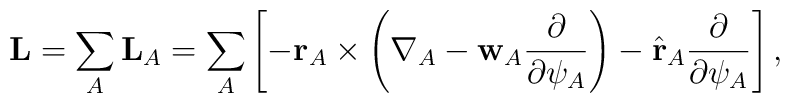
{\bf L}= \sum_A {\bf L}_A = \sum_A\left[  -{\bf r}_A\times\left({\bf \nabla}_A-{\bf w}_A\frac{\partial}{\partial \psi_A}\right)-\hat{\bf r}_A\frac{\partial}{\partial \psi_A} \right],